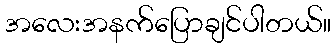
အလေးအနက်ပြောချင်ပါတယ်။